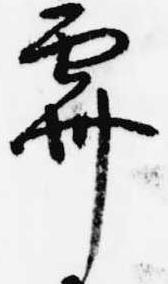
霽